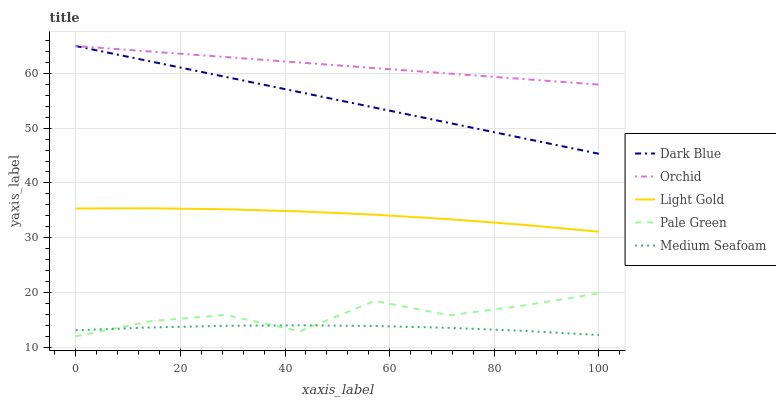
| xaxis_label | Dark Blue | Orchid | Light Gold | Pale Green | Medium Seafoam |
 | --- | --- | --- | --- | --- | --- |
 | 0 | 65 | 65 | 35.3 | 12 | 13.1 |
 | 14.3 | 62.2 | 64 | 35.4 | 14.7 | 13.6 |
 | 28.6 | 59.4 | 63 | 35.2 | 15.9 | 13.9 |
 | 42.9 | 56.6 | 62 | 34.8 | 12.9 | 14 |
 | 57.1 | 53.8 | 61 | 34.2 | 18.5 | 13.9 |
 | 71.4 | 50.9 | 60 | 33.4 | 15.8 | 13.5 |
 | 85.7 | 48.1 | 59 | 32.3 | 17.6 | 13 |
 | 100 | 45.3 | 57.9 | 31.1 | 19.9 | 12.2 |